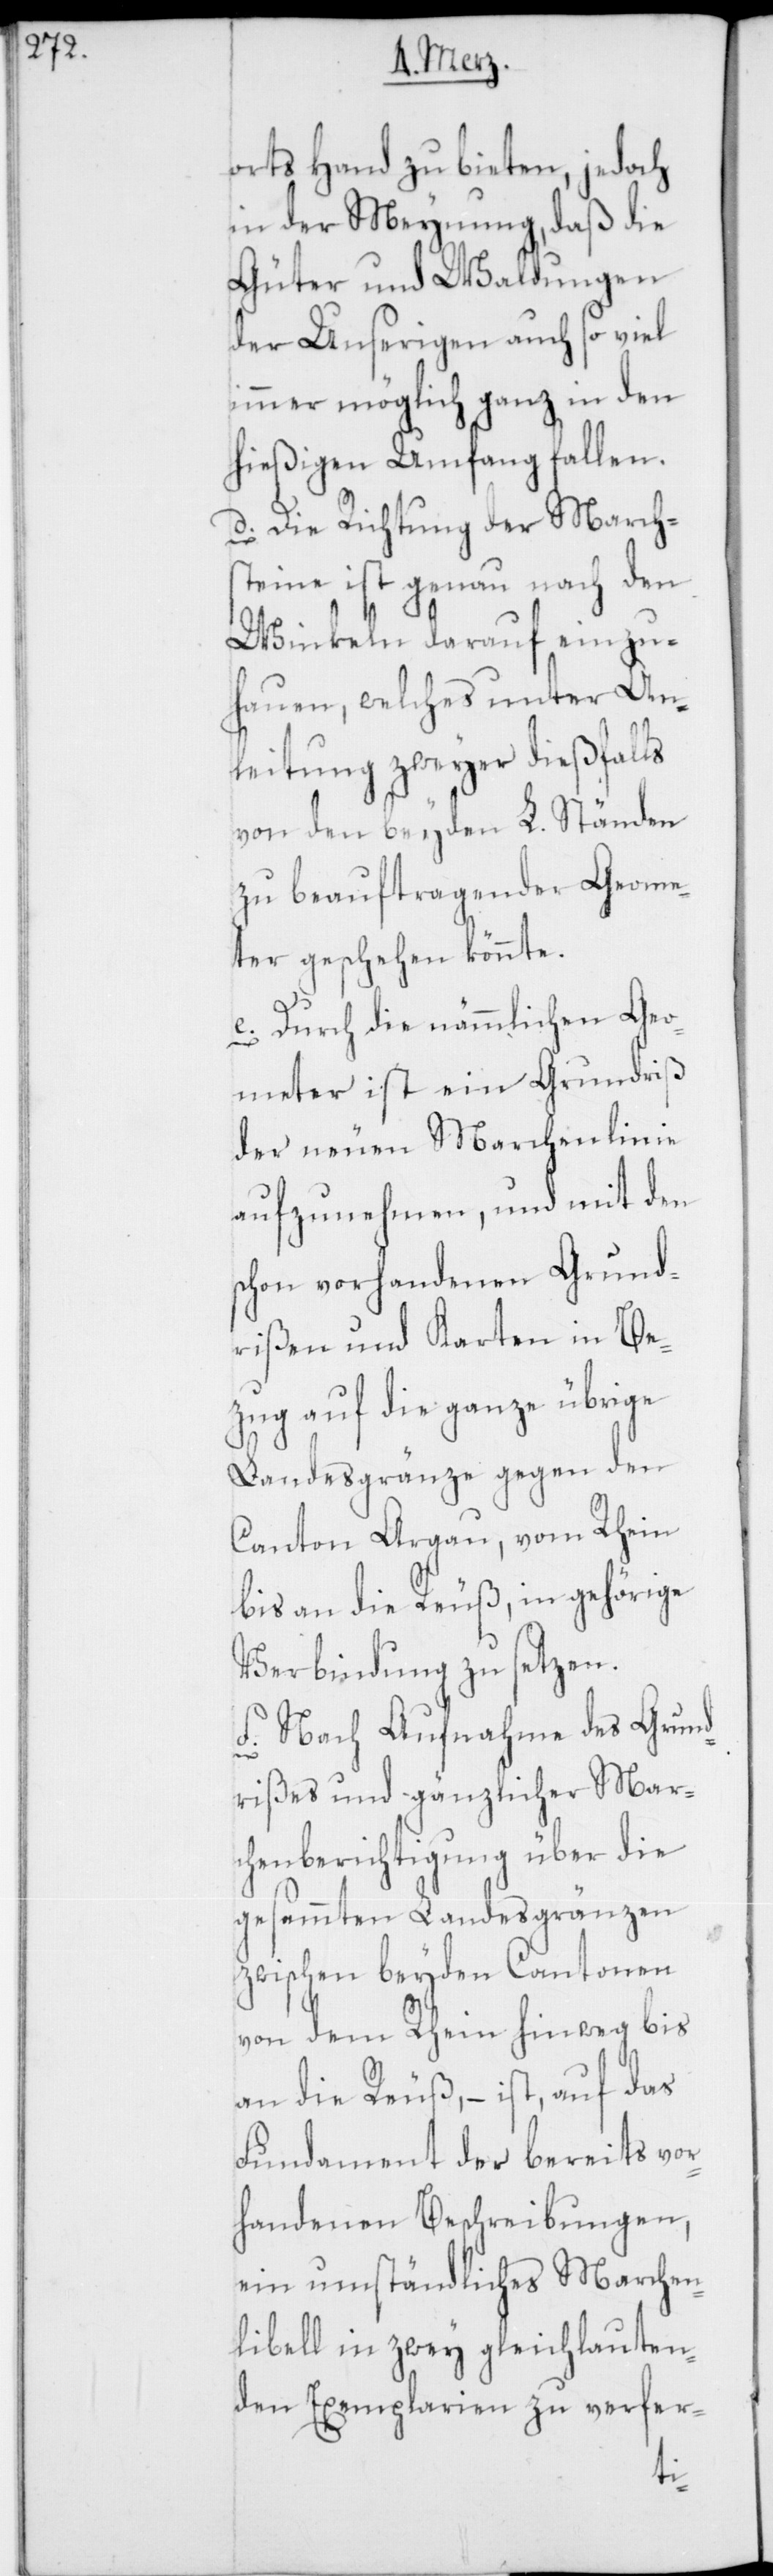
orts Hand zu bieten, jedoch
in der Meynung, daß die
Güter und Waldungen
der Unserigen auch so viel
immer möglich ganz in den
hießigen Umfang fallen.
d. Die Richtung der Marchs¬
teine ist genau nach den
Winkeln darauf einzu¬
hauen, welches unter An¬
leitung zweyer dießfalls
von den beyden L. Ständen
zu beauftragenden Geome¬
ter geschehen könnte.
e. Durch die nämmlichen Geo¬
meter ist ein Grundriß
der neuen Marchenlinie
aufzunehmen, und mit den
schon vorhandenen Grund¬
rißen und Karten in Be¬
zug auf die ganze übrige
Landesgränze gegen den
Canton Argau, vom Rhein
bis an die Reuß, in gehörige
Verbindung zu setzen.
f. Nach Aufnahme des Grund¬
rißes und gänzlicher Mar¬
chenberichtigung über die
gesammten Landesgränzen
zwischen beyden Cantonen
von dem Rhein hinweg bis
an die Reuß, – ist, auf das
Fundament der bereits vor¬
handenen Beschreibungen,
ein umständliches Marchen¬
libell in zwey gleichlauten¬
den Exemplarien zu verfer-